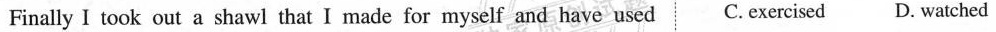
Finally I took out a shawl that I made for myself and have used C.exercised D. watched